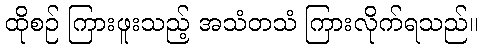
ထိုစဉ် ကြားဖူးသည့် အသံတသံ ကြားလိုက်ရသည်။